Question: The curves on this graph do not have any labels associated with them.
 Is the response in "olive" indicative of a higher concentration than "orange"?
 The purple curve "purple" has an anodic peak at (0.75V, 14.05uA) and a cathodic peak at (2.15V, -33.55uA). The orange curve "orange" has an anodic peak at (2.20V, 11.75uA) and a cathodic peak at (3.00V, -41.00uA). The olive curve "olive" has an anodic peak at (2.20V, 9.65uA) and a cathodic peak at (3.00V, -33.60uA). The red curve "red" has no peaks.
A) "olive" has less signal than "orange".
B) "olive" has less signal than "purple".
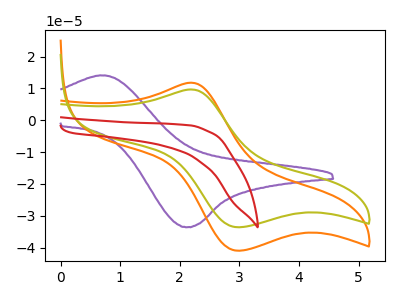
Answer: <think>All the peaks in "olive" have a peak in "orange" at the same potential. Every peak in "olive" is lower than every peak in "orange".
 </think>
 <answer>A) "olive" has less signal than "orange".</answer>
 <eval>A</eval>